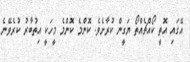
އޭގައި އޮތީ ކޯއްޗެއްތޯ ޔަގީން ކުރާށެވެ. ކޮންމެ ކޮންމެ މީހަކީ އިތުބާރު ކުރެވޭނެ